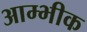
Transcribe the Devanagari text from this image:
आम्भीक